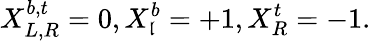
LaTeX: X_{L,R}^{b,t}=0,X_{\mathfrak{l}}^{b}=+1,X_{R}^{t}=-1.